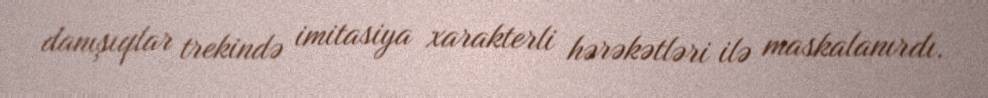
danışıqlar trekində imitasiya xarakterli hərəkətləri ilə maskalanırdı.